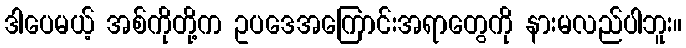
ဒါပေမယ့် အစ်ကိုတို့က ဥပဒေအကြောင်းအရာတွေကို နားမလည်ပါဘူး။